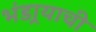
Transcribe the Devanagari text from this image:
भंडार्‍याची